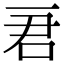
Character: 𠰶